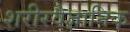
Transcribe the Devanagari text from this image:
शरीरवैज्ञानिक